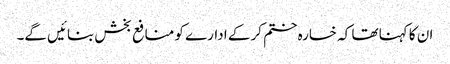
ان کا کہنا تھا کہ خسارہ ختم کر کے ادارے کو منافع بخش بنائیں گے۔